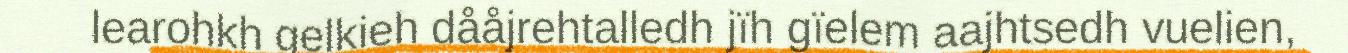
learohkh gelkieh dååjrehtalledh jïh gïelem aajhtsedh vuelien,